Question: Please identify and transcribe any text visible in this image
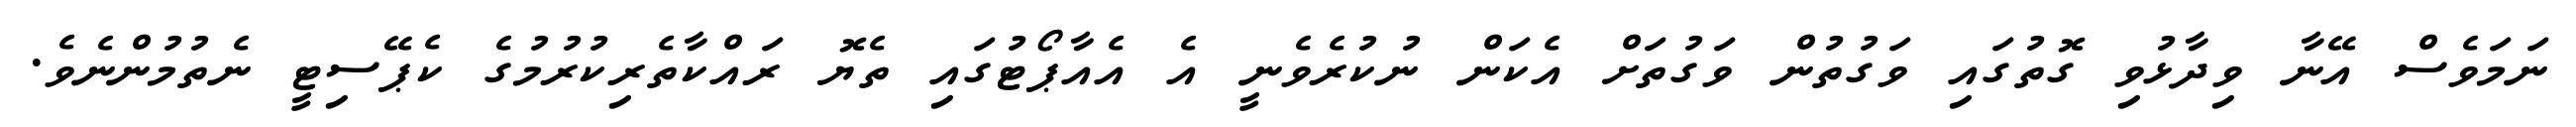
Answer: ނަމަވެސް އޭނާ ވިދާޅުވި ގޮތުގައި ވަގުތުން ވަގުތަށް އެކަން ނުކުރެވެނީ އެ އެއާޕޯޓުގައި ތެޔޮ ރައްކާތެރިކުރުމުގެ ކެޕޭސިޓީ ނެތުމުންނެވެ.